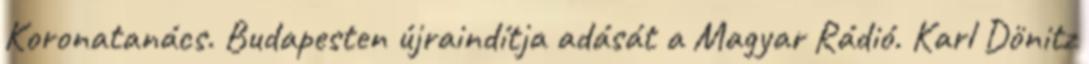
Koronatanács. Budapesten újraindítja adását a Magyar Rádió. Karl Dönitz